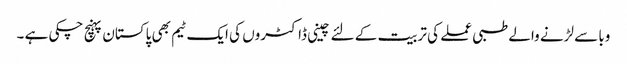
وبا سے لڑنے والے طبی عملے کی تربیت کے لئے چینی ڈاکٹروں کی ایک ٹیم بھی پاکستان پہنچ چکی ہے ۔